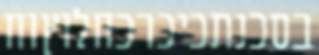
בסכנתכיכרכחלוץוח